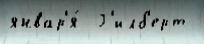
январ'я́  Г'илб'ерт